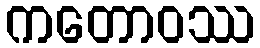
ကတောဝဿ